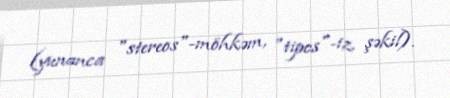
(yunanca "stereos"-möhkəm, "tipos"-iz, şəkil).